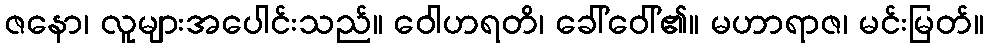
ဇနော၊ လူများအပေါင်းသည်။ ဝေါဟရတိ၊ ခေါ်ဝေါ်၏။ မဟာရာဇ၊ မင်းမြတ်။